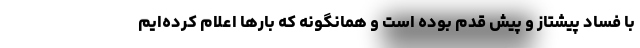
با فساد پیشتاز و پیش قدم بوده است و همانگونه که بارها اعلام کرده‌ایم